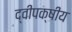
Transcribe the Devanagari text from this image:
द्वीपक्षीय